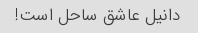
دانیل عاشق ساحل است!